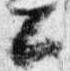
公